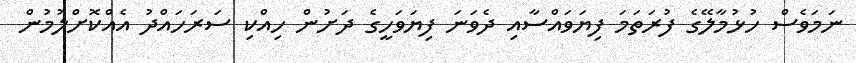
ނަމަވެސް ހުޅުމާލޭގެ ފުރަތަމަ ފިޔަވައްސާއި ދެވަނަ ފިޔަވަހީގެ ދަށުން ހިއްކި ސަރަހައްދު އެއްކޮށްލުމުން